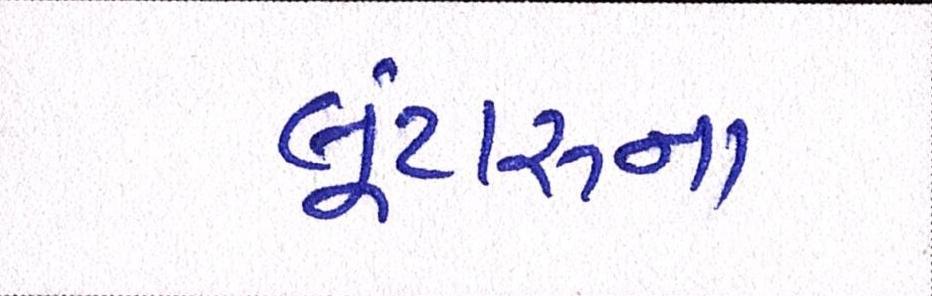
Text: લૂંટારુના